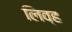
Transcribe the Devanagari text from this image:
लिव्ह